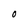
Character: o